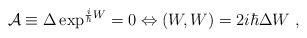
\begin{align*}{\cal A}\equiv \Delta \exp^{\frac{i}{\hbar}W}=0 \Leftrightarrow(W,W)=2i\hbar \Delta W\ , \end{align*}